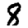
Digit: 8